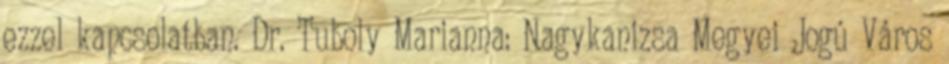
ezzel kapcsolatban. Dr. Tuboly Marianna: Nagykanizsa Megyei Jogú Város